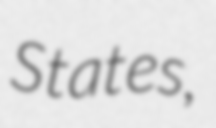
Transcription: States,